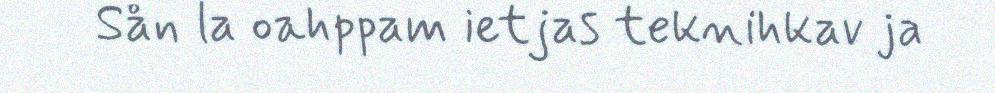
Sån la oahppam ietjas teknihkav ja